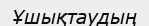
Ұшықтаудың